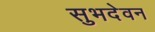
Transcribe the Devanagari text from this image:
सुभदेवन